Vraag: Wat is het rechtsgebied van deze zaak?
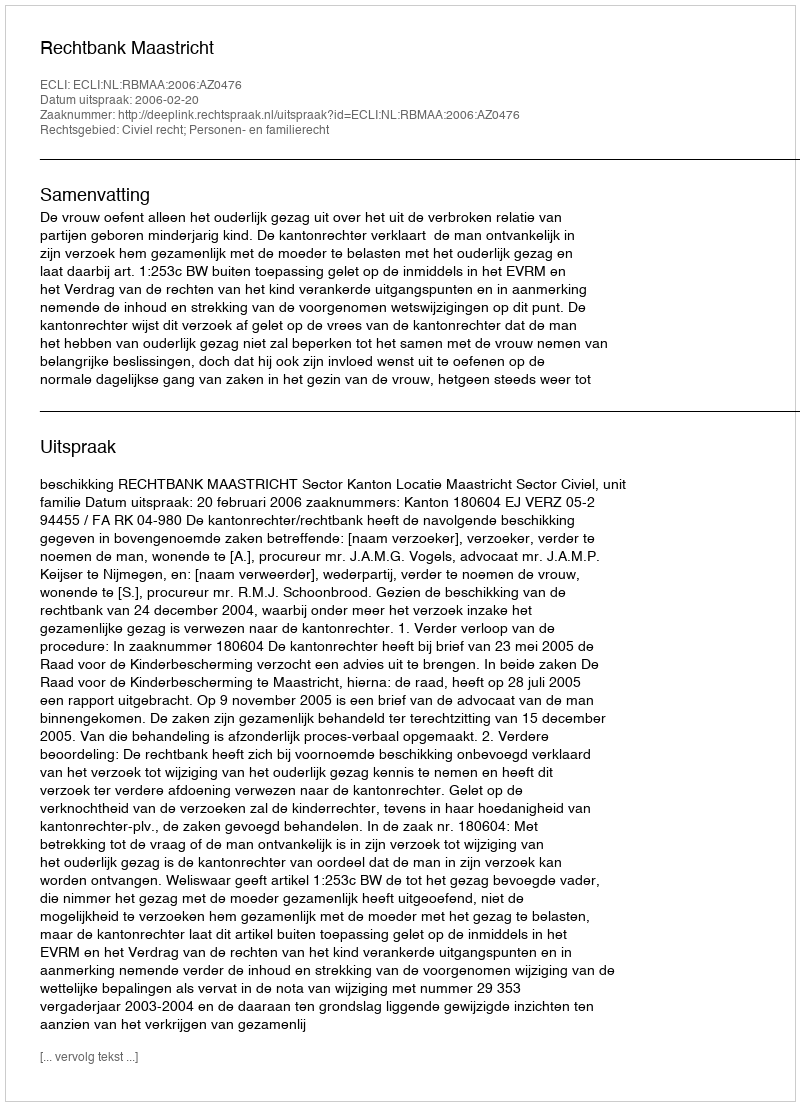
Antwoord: Civiel recht; Personen- en familierecht